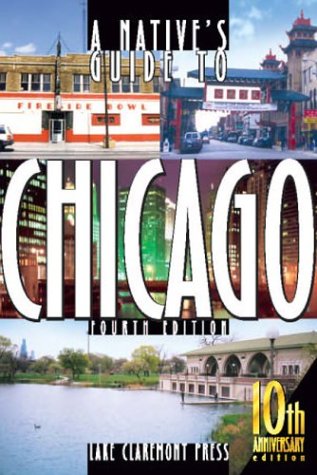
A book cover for A Native's Guide to Chicago, Fourth Edition; Lake Claremont Press; Travel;